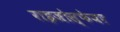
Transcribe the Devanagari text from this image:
राइजोस्फेयर